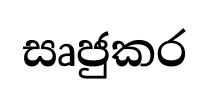
සෘජුකර